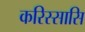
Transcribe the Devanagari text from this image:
करिस्सासि